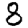
Digit: 8